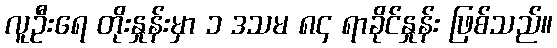
လူဦးရေ တိုးနှုန်းမှာ ၁ ဒသမ ၈၄ ရာခိုင်နှုန်း ဖြစ်သည်။